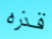
قذره